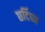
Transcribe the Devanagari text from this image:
छर्दिघ्न